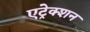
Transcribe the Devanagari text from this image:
एट्रेक्शन